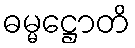
ဓမ္မဋ္ဌောတိ